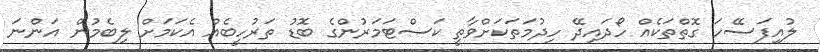
ލުއިފަސޭހަ ގޮތްތަކެއް ހޯދައިދޭ ހިދުމަތަކަށްވާތީ ކަސްޓަމަރުންގެ ބޮޑު ތަރުހީބެއް އެކަމަށް ލިބެމުން އަންނަ